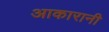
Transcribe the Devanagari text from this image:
आकारानी